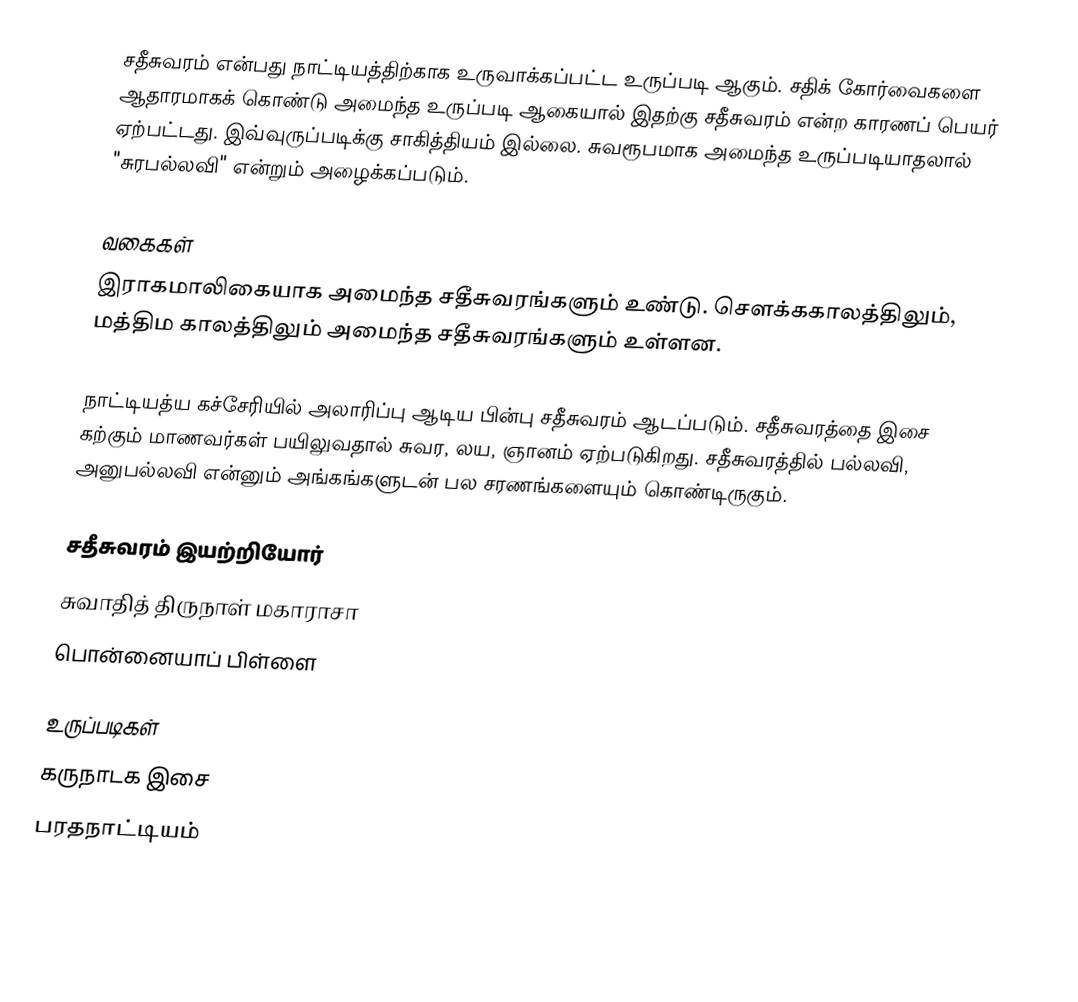
சதீசுவரம் என்பது நாட்டியத்திற்காக உருவாக்கப்பட்ட உருப்படி ஆகும். சதிக் கோர்வைகளை ஆதாரமாகக் கொண்டு அமைந்த உருப்படி ஆகையால் இதற்கு சதீசுவரம் என்ற காரணப் பெயர் ஏற்பட்டது. இவ்வுருப்படிக்கு சாகித்தியம் இல்லை. சுவரூபமாக அமைந்த உருப்படியாதலால் "சுரபல்லவி" என்றும் அழைக்கப்படும்.

வகைகள்
இராகமாலிகையாக அமைந்த சதீசுவரங்களும் உண்டு. சௌக்ககாலத்திலும், மத்திம காலத்திலும் அமைந்த சதீசுவரங்களும் உள்ளன.

நாட்டியத்ய கச்சேரியில் அலாரிப்பு ஆடிய பின்பு சதீசுவரம் ஆடப்படும். சதீசுவரத்தை இசை கற்கும் மாணவர்கள் பயிலுவதால் சுவர, லய, ஞானம் ஏற்படுகிறது. சதீசுவரத்தில் பல்லவி, அனுபல்லவி என்னும் அங்கங்களுடன் பல சரணங்களையும் கொண்டிருகும்.

சதீசுவரம் இயற்றியோர்
 சுவாதித் திருநாள் மகாராசா
 பொன்னையாப் பிள்ளை

உருப்படிகள்
கருநாடக இசை
பரதநாட்டியம்